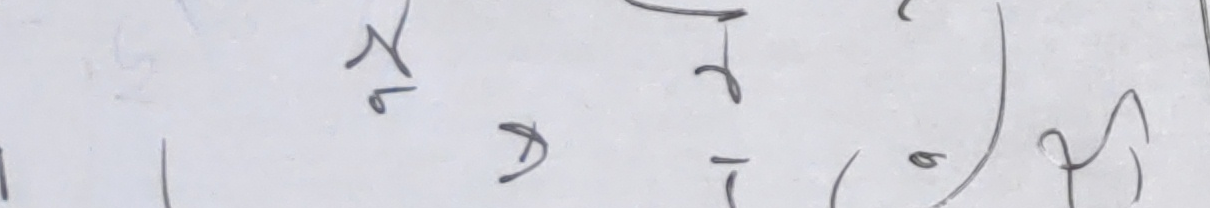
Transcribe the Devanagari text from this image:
कैल्यो